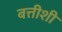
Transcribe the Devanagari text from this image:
बत्तीशी